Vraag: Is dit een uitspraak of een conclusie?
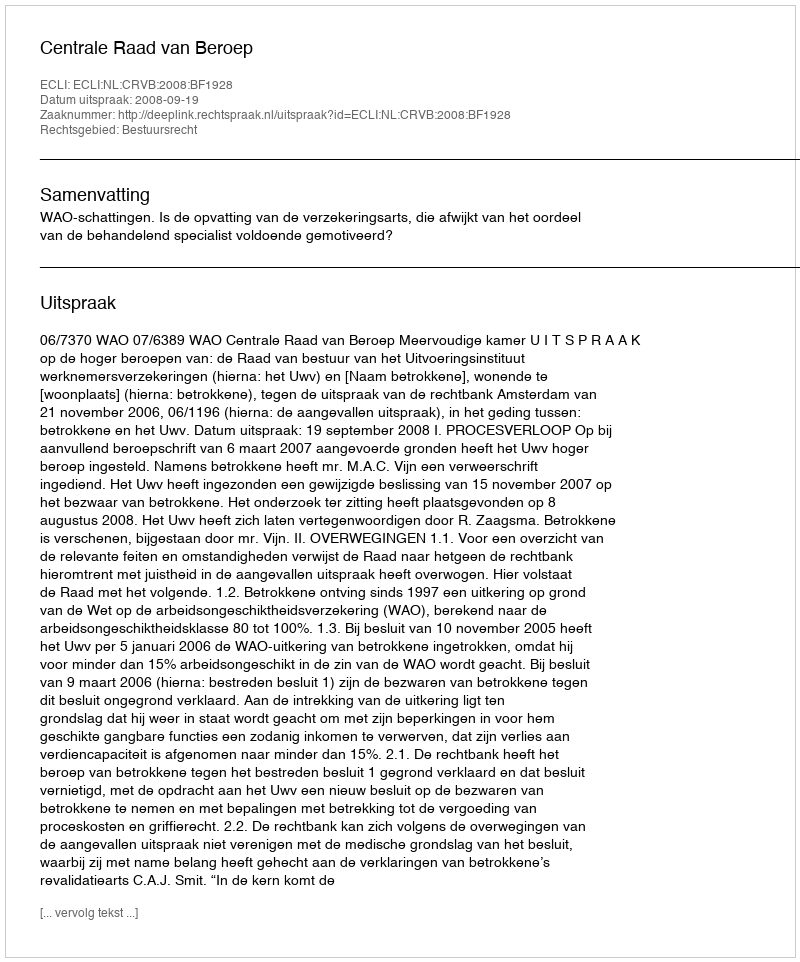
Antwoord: Uitspraak